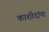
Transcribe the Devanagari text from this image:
काशीदांना